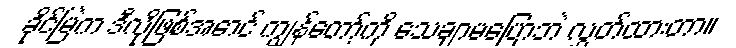
ခိုင်မြဲက ဒီလိုဖြစ်အောင် ကျွန်တော့်ကို သေချာမပြောဘဲ လွှတ်ထားတာ။